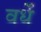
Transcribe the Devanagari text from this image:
वर्धे